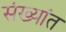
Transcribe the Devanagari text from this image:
संख्यांत